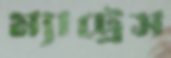
ম্যাট্রেস